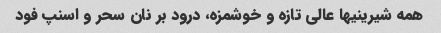
همه شیرینیها عالی تازه و خوشمزه، درود بر نان سحر و اسنپ فود